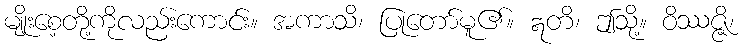
မျိုးစေ့တို့ကိုလည်းကောင်း။ အကာသိ၊ ပြုတော်မူ၏။ ဣတိ၊ ဤသို့။ ဝိဿဇ္ဇိ၊